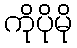
ကိုပိုမို